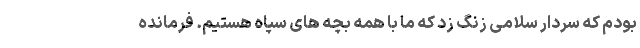
بودم که سردار سلامی زنگ زد که ما با همه بچه های سپاه هستیم. فرمانده